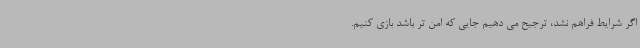
اگر شرایط فراهم نشد، ترجیح می دهیم جایی که امن تر باشد بازی کنیم.